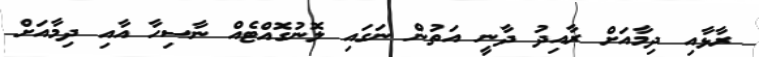
ރާޅާއި ދިމާއަށް ރާއިދު ދާނީ އަތުން ނަަގައި ލޮނުގޮއްޓެއް ނާސިހާ އާއި ދިމާއަށް